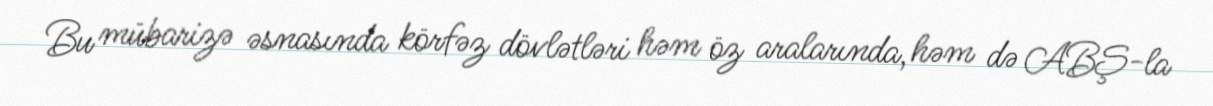
Bu mübarizə əsnasında körfəz dövlətləri həm öz aralarında, həm də ABŞ-la